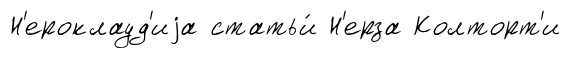
Н'ероклауд'иjа статьи́ Н'ерза Колторт'и